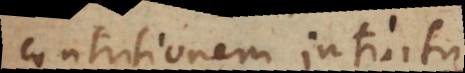
contritionem intuitu